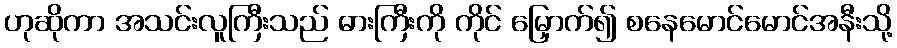
ဟုဆိုကာ အသင်းလူကြီးသည် ဓားကြီးကို ကိုင် မြှောက်၍ စနေမောင်မောင်အနီးသို့